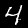
Label: 4